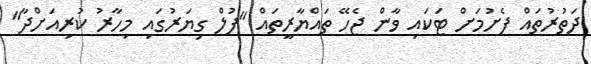
ދަތުރުތައް ފެށުމަށް ޓަކައި ވާން ޖެހޭ ތައްޔާރީތައް "ފުލް ގިޔަރުގައި މިހާރު ކުރިއަށްދާ"